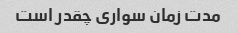
مدت زمان سواری چقدر است